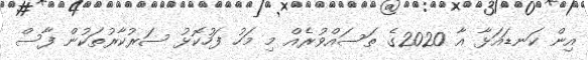
އިން ކަނޑައަޅާ އާ 2020ގެ ތަސައްވުރެއް މި މަހު ފަހުކޮޅު ސަރުކާރުތަކުން ފާސް